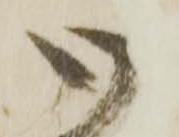
御